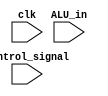
module DR
(
    input clk,
    input [31:0]control_signal,
    input [15:0]ALU_in
);

reg [15:0]buffer = 8'b0000_0000;

always@(posedge clk) begin
    // DR <- ALU
    if(control_signal[23]) begin
        buffer <= ALU_in;
    end

end

endmodule